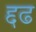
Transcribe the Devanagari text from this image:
द्दढ